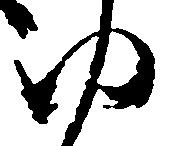
ゆ